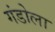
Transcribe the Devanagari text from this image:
गंडोला